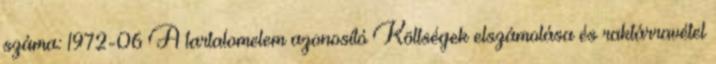
száma: 1972-06 A tartalomelem azonosító Költségek elszámolása és raktárravétel